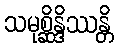
သမုစ္ဆိန္ဒိဿန္တိ